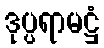
ဒုပ္ပရာမဋ္ဌံ